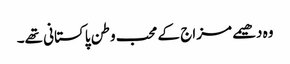
وہ دھیمے مزاج کے محب وطن پاکستانی تھے۔